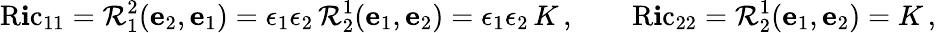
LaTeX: \operatorname{R\mathbf{i}c}_{11}=\mathcal{{R}}^{2}_{1}(\mathbf{{e}}_{2},\mathbf{{e}}_{1})=\epsilon_{1}\epsilon_{2}\, \mathcal{{R}}^{1}_{2}(\mathbf{{e}}_{1},\mathbf{{e}}_{2})=\epsilon_{1}\epsilon_{2}\, K\, ,\qquad\operatorname{R\mathbf{i}c}_{22}=\mathcal{{R}}^{1}_{2}(\mathbf{{e}}_{1},\mathbf{{e}}_{2})=K\, ,